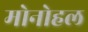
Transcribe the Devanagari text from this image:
मोनोहल